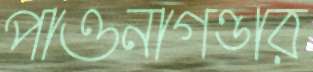
পাওনাগণ্ডার